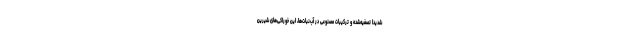
شدیدا تصفیه‌شده و ترکیبات مصنوعی در آب‌نبات‌ها، این خوراکی‌های شیرین